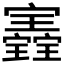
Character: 𡬀